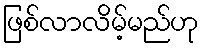
ဖြစ်လာလိမ့်မည်ဟု